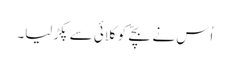
اُس نے بچّے کو کلائی سے پکڑ لیا۔